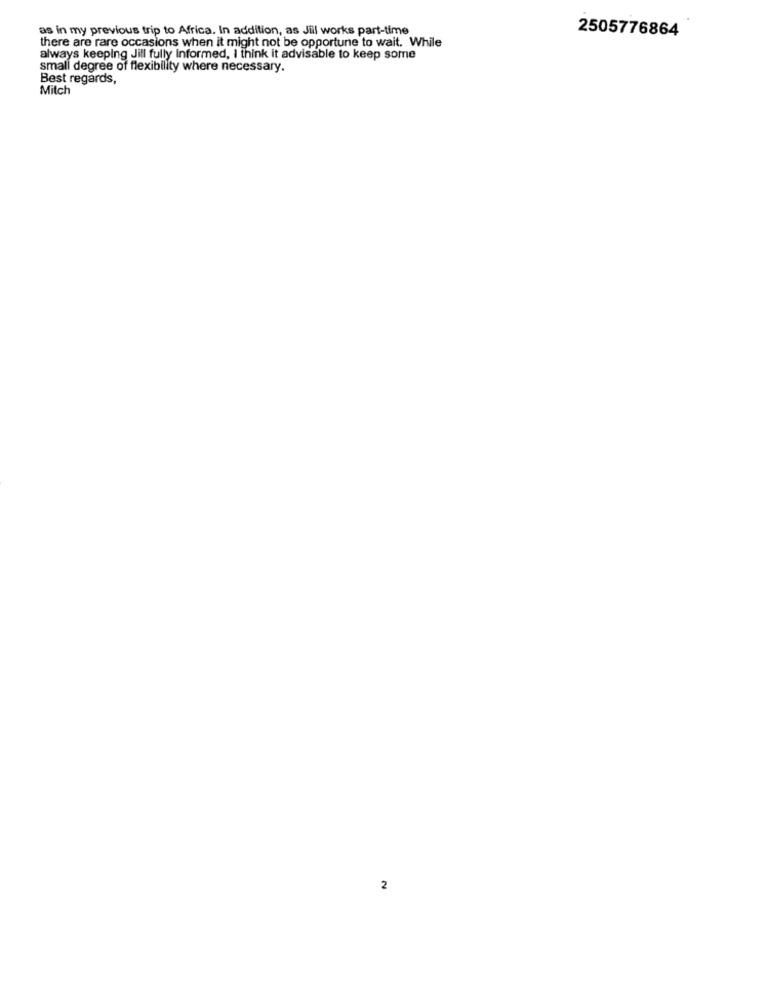
as in my previous trip to Africa. In addition, as Jill works part-time
2505776864
there are rare occasions when it might not be opportune to wait. While
always keeping Jill fully informed, I think it advisable to keep some
small degree of flexibility where necessary.
Best regards,
Mitch
2